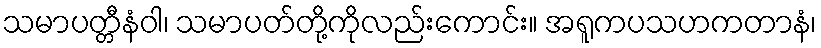
သမာပတ္တီနံဝါ၊ သမာပတ်တို့ကိုလည်းကောင်း။ အရူကပသဟကတာနံ၊